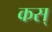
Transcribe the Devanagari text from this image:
कस्